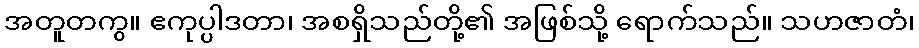
အတူတကွ။ ဧကုပ္ပါဒတာ၊ အစရှိသည်တို့၏ အဖြစ်သို့ ရောက်သည်။ သဟဇာတံ၊